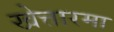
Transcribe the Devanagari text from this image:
खेत्तारमा